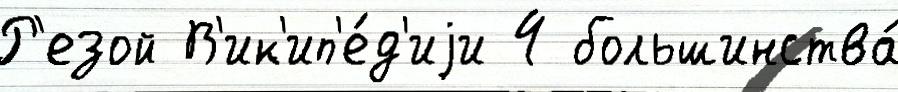
Р'езой В'ик'ип'е́д'иjи 4 большинства́